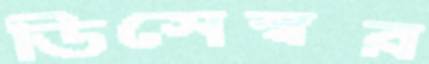
ডিসেস্বর